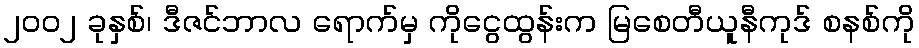
၂၀၀၂ ခုနှစ်၊ ဒီဇင်ဘာလ ရောက်မှ ကိုငွေထွန်းက မြစေတီယူနီကုဒ် စနစ်ကို